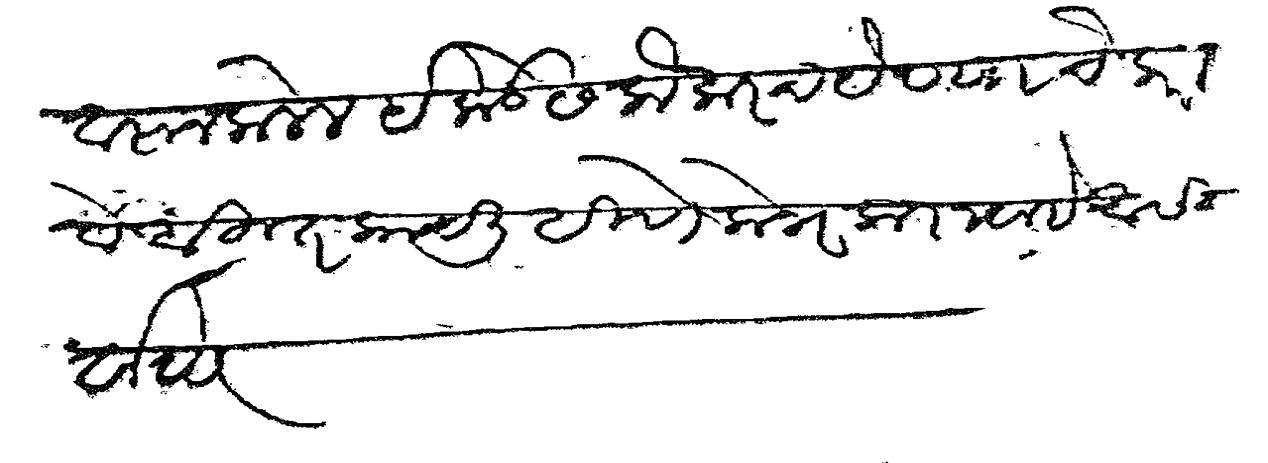
Transliteration (Devanagari): त्यावरून कलेल इकडेस लौकरच येण्याचे करा वे बहुत काय लिहिणे लोभ करावा हे आसीर्वाद